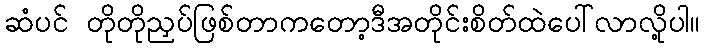
ဆံပင် တိုတိုညှပ်ဖြစ်တာကတော့ဒီအတိုင်းစိတ်ထဲပေါ်လာလို့ပါ။